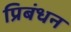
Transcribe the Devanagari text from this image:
प्रिबंधन